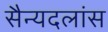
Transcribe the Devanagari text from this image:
सैन्यदलांस